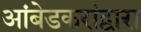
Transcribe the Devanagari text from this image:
आंबेडकरांद्वारा